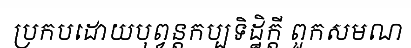
ប្រកបដោយបុព្វន្តកប្បទិដ្ឋិក្តី ពួកសមណ